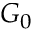
G _ { 0 }